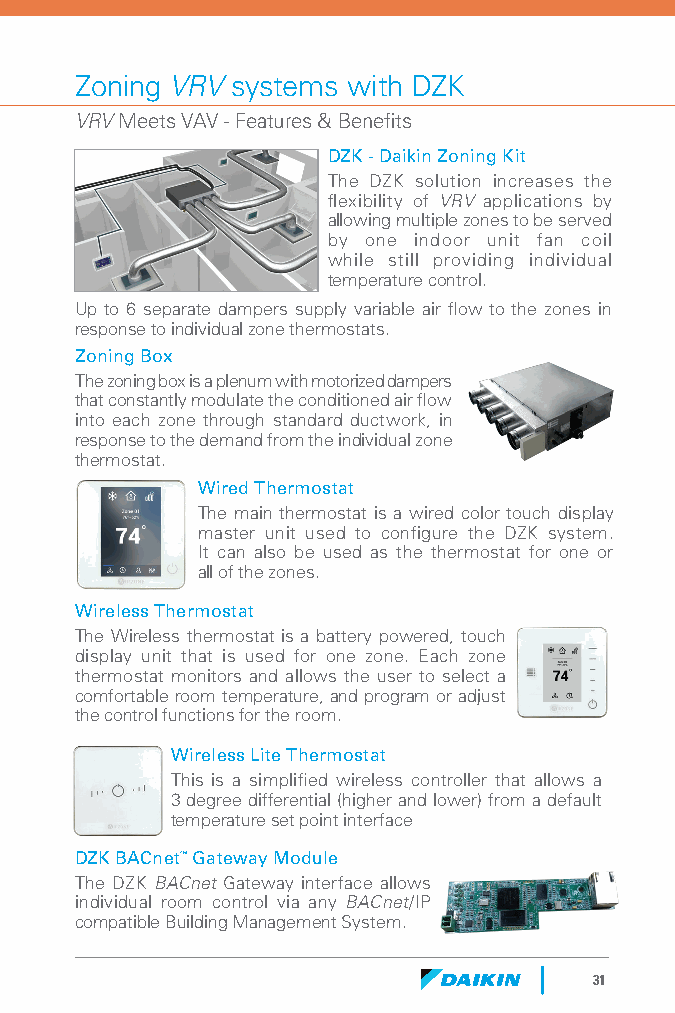
Zoning VRV systems with DZK
 VRV Meets VAV - Features & Benefits
 DZK - Daikin Zoning Kit
 The DZK solution increases the
 flexibility of VRV applications by
 allowing multiple zones to be served
 by one indoor unit fan coil
 while still providing individual
 temperature control.
 Up to 6 separate dampers supply variable air flow to the zones in
 response to individual zone thermostats.
 Zoning Box
 The zoning box is a plenum with motorized dampers
 that constantly modulate the conditioned air flow
 into each zone through standard ductwork, in
 response to the demand from the individual zone
 thermostat.
 Wired Thermostat
 The main thermostat is a wired color touch display
 master unit used to configure the DZK system.
 It can also be used as the thermostat for one or
 all of the zones.
 Wireless Thermostat
 The Wireless thermostat is a battery powered, touch
 display unit that is used for one zone. Each zone
 thermostat monitors and allows the user to select a
 comfortable room temperature, and program or adjust
 the control functions for the room.
 Wireless Lite Thermostat
 This is a simplified wireless controller that allows a
 3 degree differential (higher and lower) from a default
 temperature set point interface
 DZK BACnet™ Gateway Module
 The DZK BACnet Gateway interface allows
 individual room control via any BACnet/IP
 compatible Building Management System.
 31